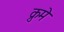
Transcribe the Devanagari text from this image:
क्रुमे